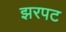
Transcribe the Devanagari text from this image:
झरपट